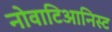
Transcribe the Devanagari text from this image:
नोवाटिआनिस्ट